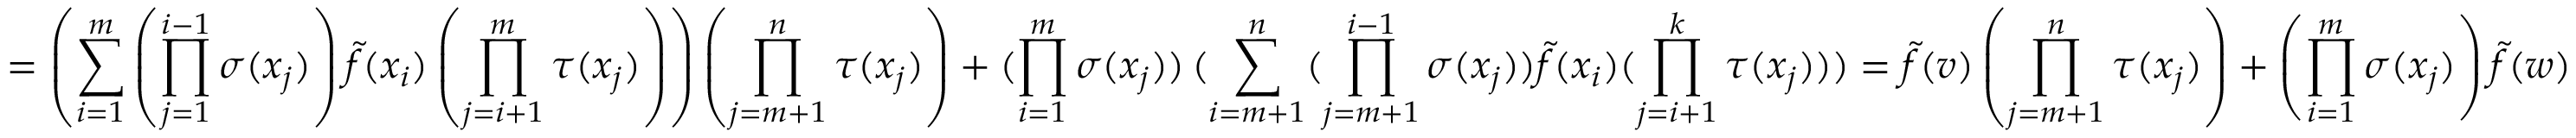
= \left( \sum _ { i = 1 } ^ { m } \left( \prod _ { j = 1 } ^ { i - 1 } \sigma ( x _ { j } ) \right) \tilde { f } ( x _ { i } ) \left( \prod _ { j = i + 1 } ^ { m } \tau ( x _ { j } ) \right) \right) \left( \prod _ { j = m + 1 } ^ { n } \tau ( x _ { j } ) \right) + ( \prod _ { i = 1 } ^ { m } \sigma ( x _ { j } ) ) \, ( \sum _ { i = m + 1 } ^ { n } ( \prod _ { j = m + 1 } ^ { i - 1 } \sigma ( x _ { j } ) ) \tilde { f } ( x _ { i } ) ( \prod _ { j = i + 1 } ^ { k } \tau ( x _ { j } ) ) ) = \tilde { f } ( v ) \left( \prod _ { j = m + 1 } ^ { n } \tau ( x _ { j } ) \right) + \left( \prod _ { i = 1 } ^ { m } \sigma ( x _ { j } ) \right) \tilde { f } ( w )